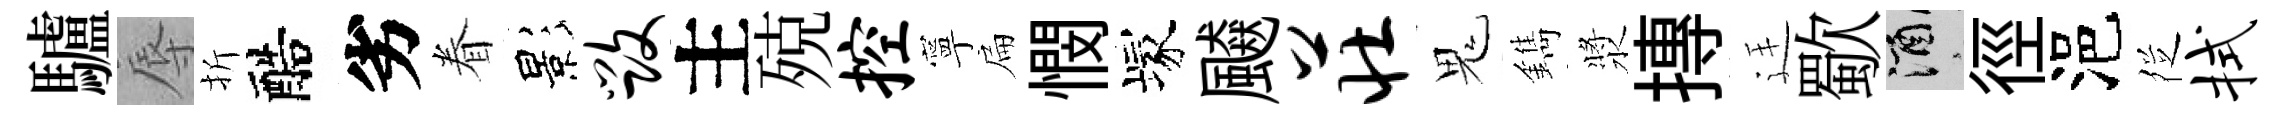
驢辱折醅劣眷影毁主殑控寧扁憫塚飇庄鬼鐫漿摶廷歜酒徑浥徔拭